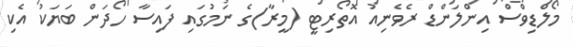
މޯލްޑިވްސް އިންލަންޑް ރެވެނިއު އޮތޯރިޓީ (މީރާ)ގެ ނަމުގައި ފައިސާ ހޯދަން ބަޔަކު އެކި